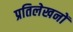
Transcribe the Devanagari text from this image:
प्रतिलेखनों